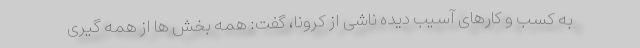
به کسب و کارهای آسیب دیده ناشی از کرونا، گفت: همه بخش ها از همه گیری